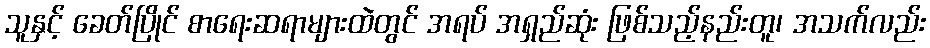
သူနှင့် ခေတ်ပြိုင် စာရေးဆရာများထဲတွင် အရပ် အရှည်ဆုံး ဖြစ်သည့်နည်းတူ၊ အသက်လည်း